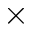
\times